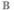
B